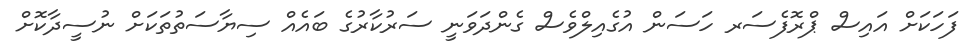
ފަހަކަށް އައިސް ޕްރޮފެސަރ ހަސަން އުގެއިލްވެސް ގެންދަވަނީ ސަރުކާރުގެ ބައެއް ސިޔާސަތުތަކަށް ނުސީދާކޮށް